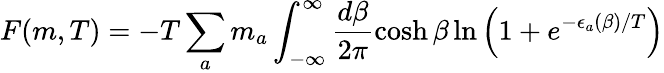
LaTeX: F(m,T)=-T\sum_{a}m_{a}\int_{-\infty}^{\infty}\frac{d\beta}{2\pi}\cosh\beta\ln\left(1+e^{-\epsilon_{a}(\beta)/T}\right)